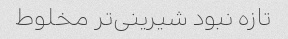
تازه نبود شیرینی‌تر مخلوط